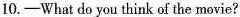
10.—What do you think of the movie?